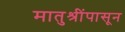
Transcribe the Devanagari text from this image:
मातुश्रींपासून